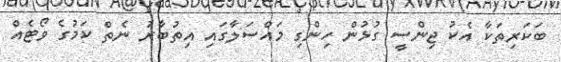
ބަކަރިތަކާ އެކު ޖިންސީ ގުޅުން ހިންގި މައްސަލާގައި އިތުބާރު ނެތް ކަމުގެ ވޯޓެއް